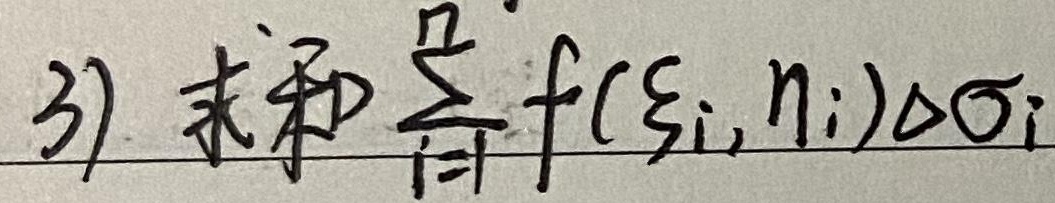
3) 求和 $\sum_{i = 1}^{n}f(\xi_{i},\eta_{i})\Delta\sigma_{i}$